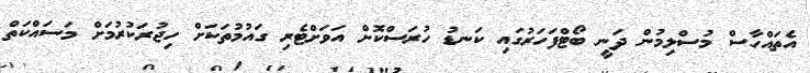
އެތައްހާސް މުސްލިމުން ދަނީ ބޯޓްފަހަރުގައި ކަނޑު ހުރަސްކޮށް އަވަށްޓެރި ގައުމުތަކަށް ހިޖުރަކުރުމަށް މަސައްކަތް